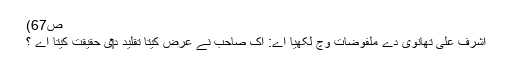
ص67)
اشرف علی تھانوی دے ملفوضات وچ لکھیا اے: اک صاحب نے عرض کیتا تقلید د‏‏ی حقیقت کیتا اے ؟